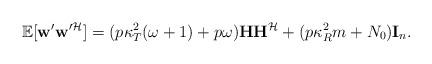
LaTeX: \begin{align*}\mathbb{E}[\mathbf{w}'\mathbf{w}'^{\mathcal{H}}]=(p\kappa^{2}_{T}(\omega+1)+p\omega)\mathbf{H}\mathbf{H}^{\mathcal{H}}+(p\kappa^{2}_{R}m+N_{0})\mathbf{I}_{n}.\end{align*}